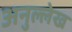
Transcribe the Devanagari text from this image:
अनुल्लेख